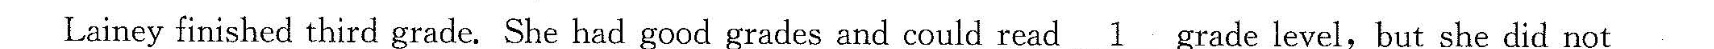
Lainey finished third grade. She had good grades and could read\underline{1}grade level, but she did not